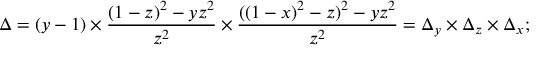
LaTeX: \Delta = ( y - 1 ) \times { \frac { ( 1 - z ) ^ { 2 } - y z ^ { 2 } } { z ^ { 2 } } } \times { \frac { ( ( 1 - x ) ^ { 2 } - z ) ^ { 2 } - y z ^ { 2 } } { z ^ { 2 } } } = \Delta _ { y } \times \Delta _ { z } \times \Delta _ { x } ;